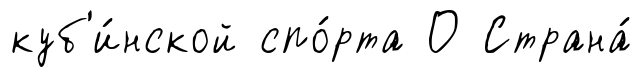
куб'и́нской спо́рта О Страна́